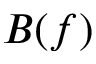
B ( f )